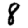
Digit: 8